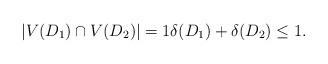
LaTeX: \begin{align*}|V(D_1)\cap V(D_2)|=1 \delta(D_1)+\delta(D_2)\leq 1.\end{align*}